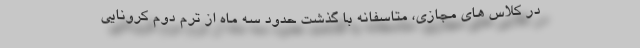
در کلاس های مجازی، متاسفانه با گذشت حدود سه ماه از ترم دوم کرونایی